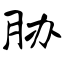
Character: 胁